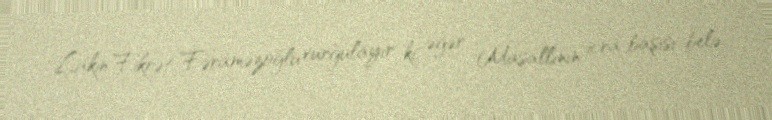
Lakin Fikrət Fəraməzoğlu vurğulayır ki, əgər Masallının icra başısı belə